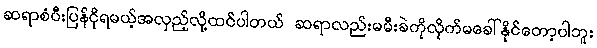
ဆရာစံပီးပြန်ငိုရမယ့်အလှည့်လို့ထင်ပါတယ် ဆရာလည်းမမီးခဲကိုလိုက်မခေါ်နိုင်တော့ပါဘူး